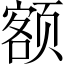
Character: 额